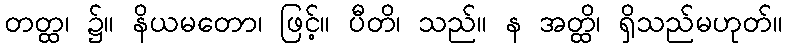
တတ္ထ၊ ၌။ နိယမတော၊ ဖြင့်။ ပီတိ၊ သည်။ န အတ္ထိ၊ ရှိသည်မဟုတ်။